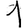
Digit: 1